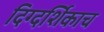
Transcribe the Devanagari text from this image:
दिग्दर्शिकाच